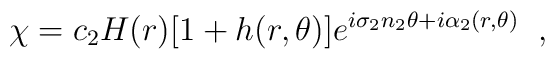
\chi=c_{2}H(r)[1+h(r,\theta)]                    e^{i\sigma_{2}n_{2}\theta+i\alpha_{2}(r,\theta)} \;\;,